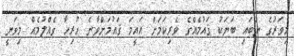
މިވަރުގެ ނުބައި ބަޔަކު ޤައުމެއްގެ ވެރިކަމަށް އައީމަ ޤައުމަށްވާނެ ހުރިހާ ގެއްލުމެއް މިވަނީ